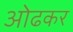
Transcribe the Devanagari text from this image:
ओढकर